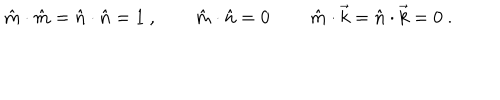
LaTeX: \hat { m } \cdot \hat { m } = \hat { n } \cdot \hat { n } = 1 \ , \qquad \hat { m } \cdot \hat { n } = 0 \, \qquad \hat { m } \cdot \vec { k } = \hat { n } \cdot \vec { k } = 0 \ .